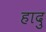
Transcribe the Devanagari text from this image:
हादु